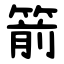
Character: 箭